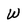
Character: W